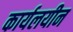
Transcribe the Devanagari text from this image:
कार्यलयीन